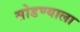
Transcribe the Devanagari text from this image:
सोडण्याला